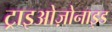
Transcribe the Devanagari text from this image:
ट्राइओज़ोनाइड